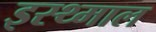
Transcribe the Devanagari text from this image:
इस्थ्माल